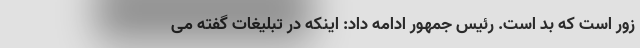
زور است که بد است. رئیس جمهور ادامه داد: اینکه در تبلیغات گفته می